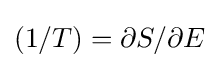
(1/T)=\partial S/\partial E